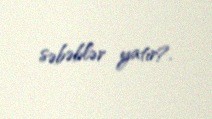
səbəblər yatır?.